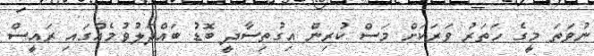
ނުވަތަ މީގެ ހަތަރު ވަރަކަށް މަސް ކުރިން އިގުތިސާދީ ބޮޑު ބައްދަލުވުމެއްގައި ރައީސް